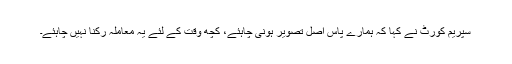
سپریم کورٹ نے کہا کہ ہمارے پاس اصل تصویر ہونی چاہئے، کچھ وقت کے لئے یہ معاملہ رکنا نہیں چاہئے۔